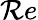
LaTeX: {\mathcal Re}